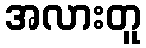
အလားတူ